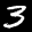
Label: 3